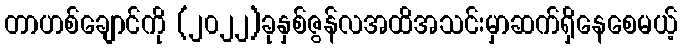
တာဟစ်ချောင်ကို (၂၀၂၂)ခုနှစ်ဇွန်လအထိအသင်းမှာဆက်ရှိနေစေမယ့်